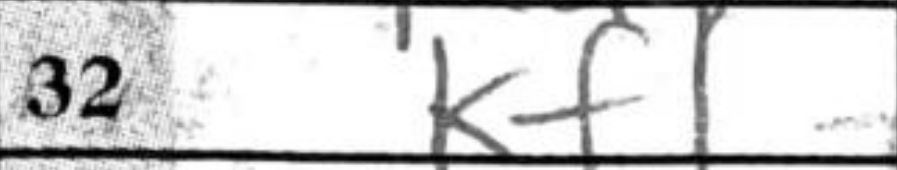
Transcription: Kf1